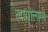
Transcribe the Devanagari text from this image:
लागोलागो